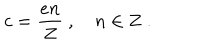
c = \frac { e n } { Z } \ , \quad n \in { \bf Z } \ .